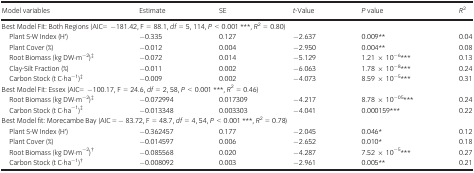
<table><thead><tr><td><b>Model variables</b></td><td><b>Estimate</b></td><td><b>SE</b></td><td><b><i>t</i>‐Value</b></td><td><b><i>P</i> value</b></td><td><b><i>R</i><sup>2</sup></b></td></tr></thead><tbody><tr><td colspan="6">Best Model Fit: Both Regions (AIC= ‒−181.42, F = 88.1, <i>df</i> = 5, 114, <i>P</i> &lt; 0.001 ***, <i>R</i><sup>2</sup> = 0.80)</td></tr><tr><td>Plant S‐W Index (H&#x27;)</td><td>−0.335</td><td>0.127</td><td>−2.637</td><td>0.009**</td><td>0.04</td></tr><tr><td>Plant Cover (%)</td><td>−0.012</td><td>0.004</td><td>−2.950</td><td>0.004**</td><td>0.08</td></tr><tr><td>Root Biomass (kg DW·m<sup>−2</sup>)‡</td><td>−0.072</td><td>0.014</td><td>−5.129</td><td>1.21 × 10<sup>−6</sup>***</td><td>0.13</td></tr><tr><td>Clay‐Silt Fraction (%)</td><td>−0.011</td><td>0.002</td><td>−6.063</td><td>1.78 × 10<sup>−8</sup>***</td><td>0.24</td></tr><tr><td>Carbon Stock (t C·ha<sup>−1</sup>)‡</td><td>−0.009</td><td>0.002</td><td>−4.073</td><td>8.59 × 10<sup>−5</sup>***</td><td>0.31</td></tr><tr><td colspan="6">Best Model Fit: Essex (AIC= ‒−100.17, F = 24.6, <i>df</i> = 2, 58, <i>P</i> &lt; 0.001 ***, <i>R</i><sup>2</sup> = 0.46)</td></tr><tr><td>Root Biomass (kg DW·m<sup>−2</sup>)‡</td><td>−0.072994</td><td>0.017309</td><td>−4.217</td><td>8.78 × 10<sup>−05</sup>***</td><td>0.24</td></tr><tr><td>Carbon Stock (t C·ha<sup>−1</sup>)‡</td><td>−0.013348</td><td>0.003303</td><td>−4.041</td><td>0.000159***</td><td>0.22</td></tr><tr><td colspan="6">Best Model fit: Morecambe Bay (AIC = −‒83.72, F = 48.7, <i>df</i> = 4, 54, <i>P</i> &lt; 0.001 ***, <i>R</i><sup>2</sup> = 0.78)</td></tr><tr><td>Plant S‐W Index (H&#x27;)</td><td>−0.362457</td><td>0.177</td><td>−2.045</td><td>0.046*</td><td>0.12</td></tr><tr><td>Plant Cover (%)</td><td>−0.014597</td><td>0.006</td><td>−2.652</td><td>0.010*</td><td>0.18</td></tr><tr><td>Root Biomass (kg DW·m<sup>−2</sup>)†</td><td>−0.085568</td><td>0.020</td><td>−4.287</td><td>7.52 × 10<sup>−5</sup>***</td><td>0.27</td></tr><tr><td>Carbon Stock (t C·ha<sup>−1</sup>)†</td><td>−0.008092</td><td>0.003</td><td>−2.961</td><td>0.005**</td><td>0.21</td></tr></tbody></table>